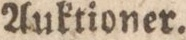
Auktioner.